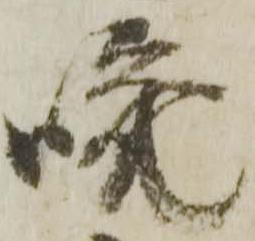
嘩